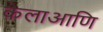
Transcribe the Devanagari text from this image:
केलाआणि